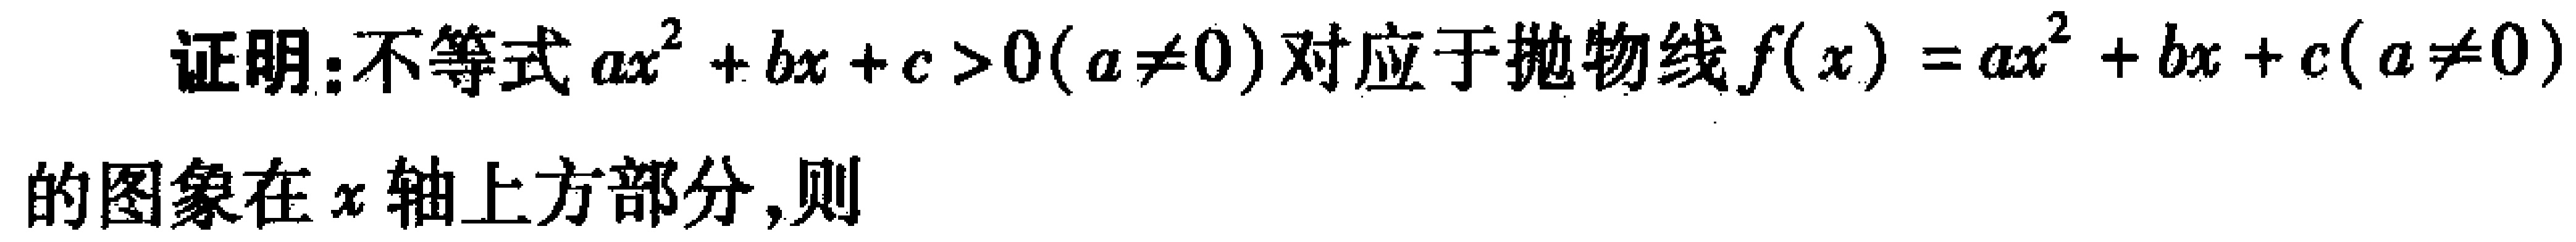
证明：不等式\(ax^{2}+bx + c>0(a\neq0)\)对应于抛物线\(f(x)=ax^{2}+bx + c(a\neq0)\)的图象在\(x\)轴上方部分，则